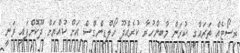
ރިސޯޓެއް ތަރައްގީ ކުރަން މާބިންހުރާ ކުރެއްދޫ ހޯލްޑިންގްސް އަށް ކުއްޔަށް ދޫކޮށްފައި ވަނީ